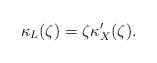
LaTeX: \begin{align*}\kappa_{L}(\zeta )=\zeta \kappa_X'(\zeta ).\end{align*}